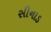
સીનાડ